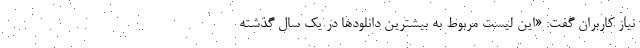
نیاز کاربران گفت: «این لیست مربوط به بیشترین دانلودها در یک سال گذشته